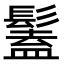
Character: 𩮨